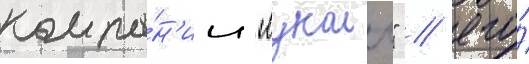
компа́н'ии "лукоил" / его́